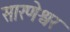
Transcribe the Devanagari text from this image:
सारणेश्वर